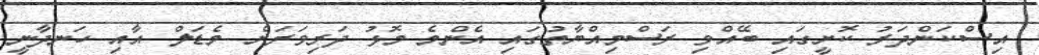
އިސްކަންދަރު ކޮށީގައި ބޭއްވި ރަސްމިއްޔާތުގައި އެންމެ މޮޅު ދަރިވަރަށް މެޑަލް އާއި ހަނދާނީ